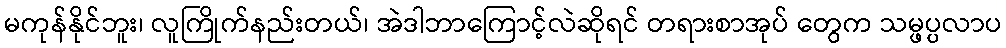
မကုန်နိုင်ဘူး၊ လူကြိုက်နည်းတယ်၊ အဲဒါဘာကြောင့်လဲဆိုရင် တရားစာအုပ် တွေက သမ္ဖပ္ပလာပ